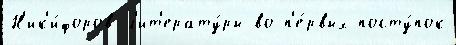
Н'ик'и́форов л'ит'ерату́ры во-п'е́рвых посту́пок